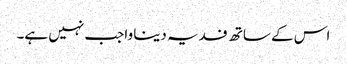
اس کے ساتھ فدیہ دینا واجب نہیں ہے۔